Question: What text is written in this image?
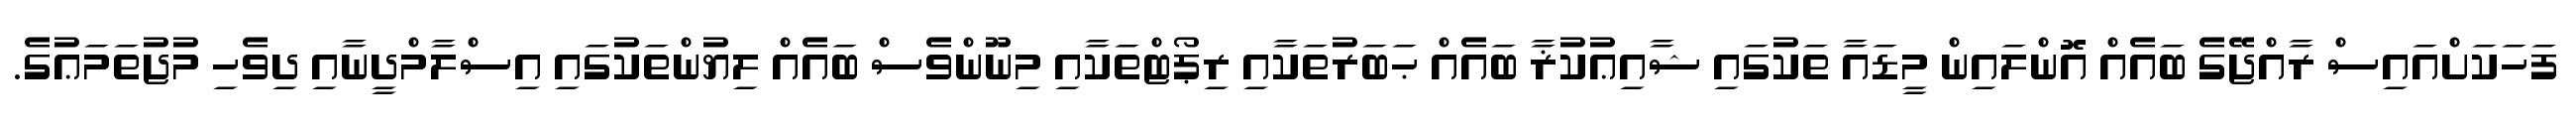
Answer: ފަހަކަށްއައިސް ރާއްޖޭގެ ބައެއް އޮންލައިން މީޑައާ ތަކުގައި ޝާއިޢުކުޜާ ބައެއް ޙަބަރުތަކާއި ރިޕޯޓްތަކާއި މިނޫންވެސް ބައެއް ލިޔުންތަކުގައި އިސްލާމްދީނާއި ދިވެހި މުޖުތަމަޢުގެ.